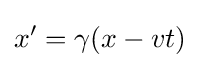
x'=\gamma (x-vt)